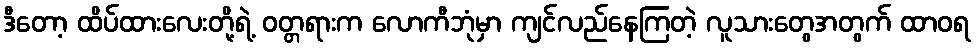
ဒီတော့ ထိပ်ထားလေးတို့ရဲ့ ဝတ္တရားက လောကီဘုံမှာ ကျင်လည်နေကြတဲ့ လူသားတွေအတွက် ထာဝရ